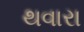
થવારા